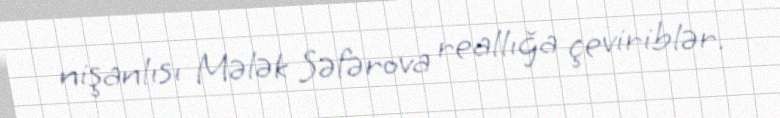
nişanlısı Mələk Səfərova reallığa çeviriblər.